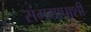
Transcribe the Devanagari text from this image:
संगमापाशी